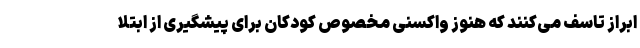
ابراز تاسف می‌کنند که هنوز واکسنی مخصوص کودکان برای پیشگیری از ابتلا